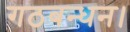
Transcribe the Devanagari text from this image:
गठबन्धन।